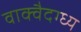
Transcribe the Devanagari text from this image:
वाक्वैदग्ध्य